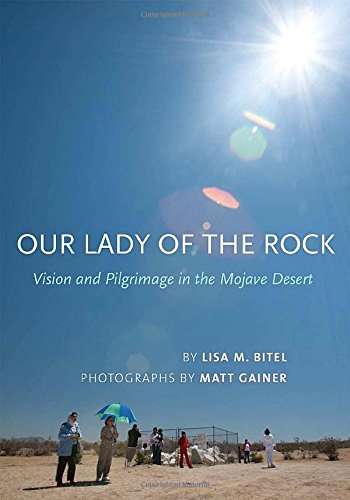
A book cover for Our Lady of the Rock: Vision and Pilgrimage in the Mojave Desert; Lisa Bitel; Christian Books & Bibles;